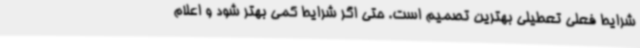
شرایط فعلی تعطیلی بهترین تصمیم است. حتی اگر شرایط کمی بهتر شود و اعلام